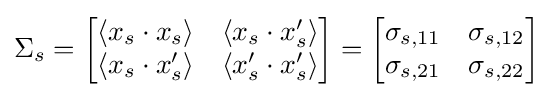
\Sigma _{s}={\begin{bmatrix}\langle x_{s}\cdot x_{s}\rangle &\langle x_{s}\cdot x_{s}^{\prime }\rangle \\\langle x_{s}\cdot x_{s}^{\prime }\rangle &\langle x_{s}^{\prime }\cdot x_{s}^{\prime }\rangle \end{bmatrix}}={\begin{bmatrix}\sigma _{s,11}&\sigma _{s,12}\\\sigma _{s,21}&\sigma _{s,22}\end{bmatrix}}